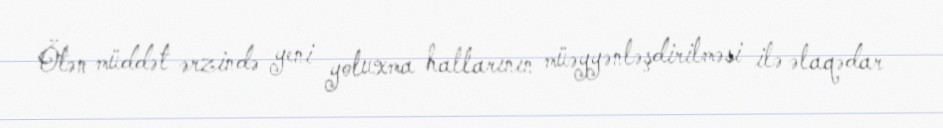
Ötən müddət ərzində yeni yoluxma hallarının müəyyənləşdirilməsi ilə əlaqədar